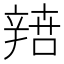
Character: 𨐟